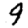
Digit: 9